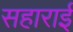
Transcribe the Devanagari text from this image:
सहाराई